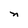
Character: n